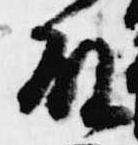
殿